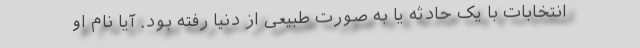
انتخابات با یک حادثه یا به صورت طبیعی از دنیا رفته بود. آیا نام او